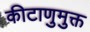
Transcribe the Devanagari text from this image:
कीटाणुमुक्त